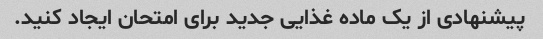
پیشنهادی از یک ماده غذایی جدید برای امتحان ایجاد کنید.